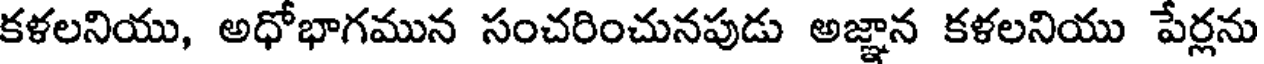
కళలనియు, అధోభాగమున సంచరించునపుడు అజ్ఞాన కళలనియు పేర్లను